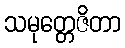
သမုတ္တေဇိတာ